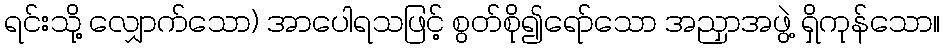
ရင်းသို့ လျှောက်သော) အာပေါရသဖြင့် စွတ်စို၍ရော်သော အညှာအဖွဲ့ ရှိကုန်သော။